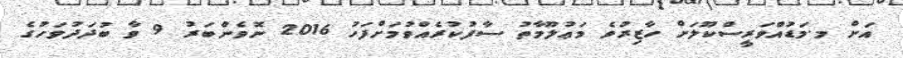
އަށް މ.މަޑުއްވަރީސްކޫލަށް ހާޒިރުވެ މަޢުލޫމާތު ސާފުކުރެއްވުމަށްފަހު 2016 ނޮވެންބަރު 9 ވާ ބުދަދުވަހުގެ